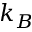
k _ { B }